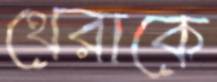
থেরাকে